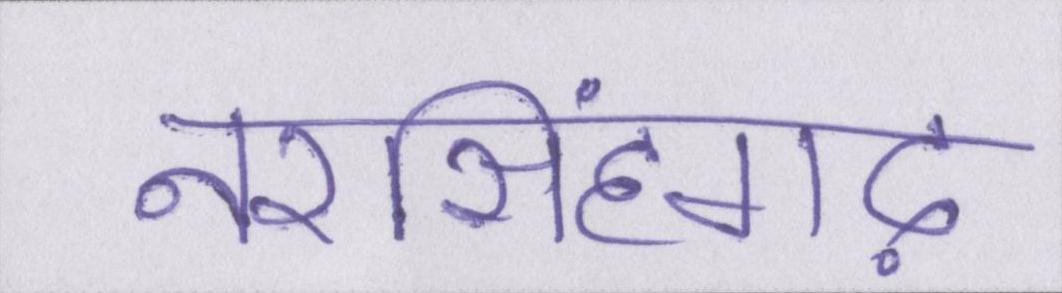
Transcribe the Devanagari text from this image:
नरसिंहगढ़